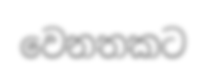
වෙනතකට